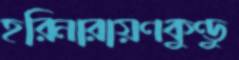
হরিনারায়ণকুণ্ডু